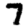
Digit: 7